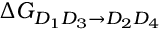
\Delta G _ { D _ { 1 } D _ { 3 } \rightarrow D _ { 2 } D _ { 4 } }